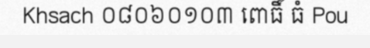
Khsach ០៨០៦០១០៣ ពោធិ៍ ធំ Pou